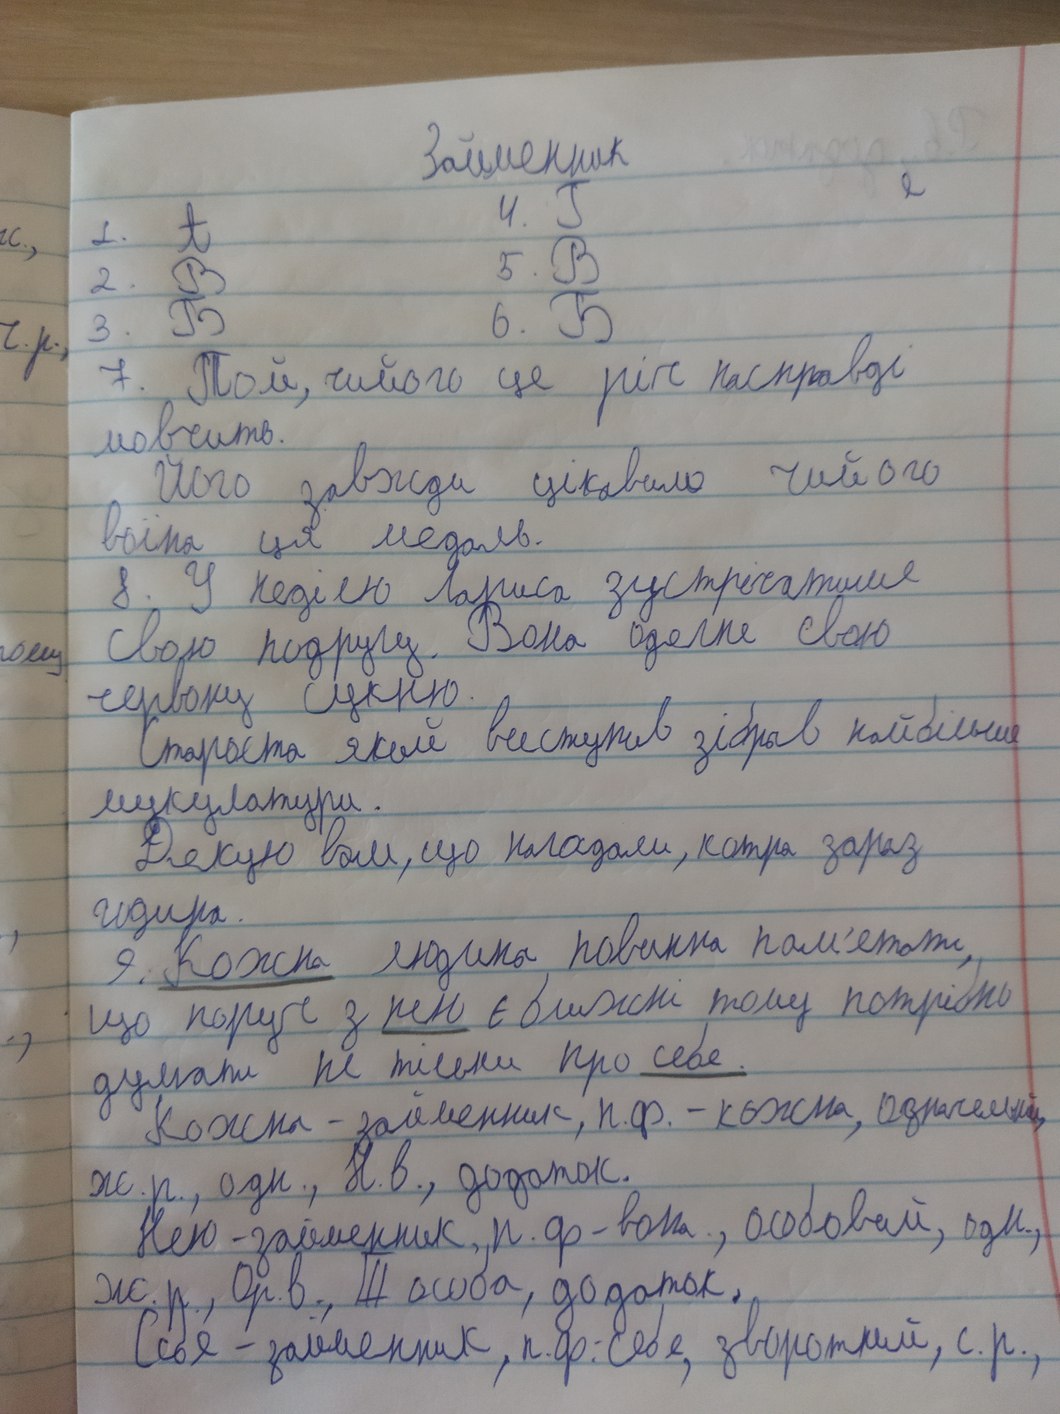
Займенник
4. Г
1. А
5. B
2. В
6. Б
3. Б
7. Той, чийого це ріг насправді
мовчить.
Його завжди цікавило чийого
воїна ця медаль.
8. У неділю Лариса зустрічатиме
свою подругу. Вона одягне свою
червону сукню.
Староста який виступив зібрав найбільше
мукулатури.
Дякую вам, що нагадали, котра зараз
година.
9. Кожна людина, повина пам'ятаті,
що поруч з нею є ближні тому потрібно
думати не тільки про себе.
Кожна - займенник, н.ф. - кожна, означений,
ж.р., одн., Н.в., додаток.
Нею - займенник, н. ф - вона, особовий, одн.,
ж. р., Ор. в., III особа, додаток,
Себе - займенник, н.ф: Себе, зворотний, с.р.,